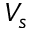
V _ { s }